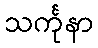
သင်္ကုနာ